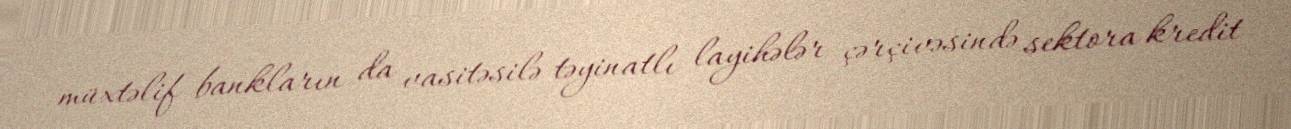
müxtəlif bankların da vasitəsilə təyinatlı layihələr çərçivəsində sektora kredit